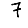
Digit: 7